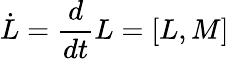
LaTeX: \dot{L}={\frac{d}{dt}}L=[L,M]